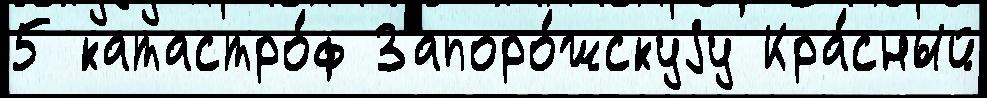
5 катастро́ф Запоро́жскуjу Кра́сный